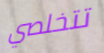
تتخلصي